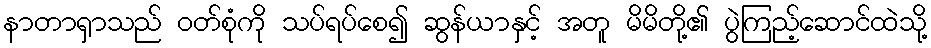
နာတာရှာသည် ဝတ်စုံကို သပ်ရပ်စေ၍ ဆွန်ယာနှင့် အတူ မိမိတို့၏ ပွဲကြည့်ဆောင်ထဲသို့